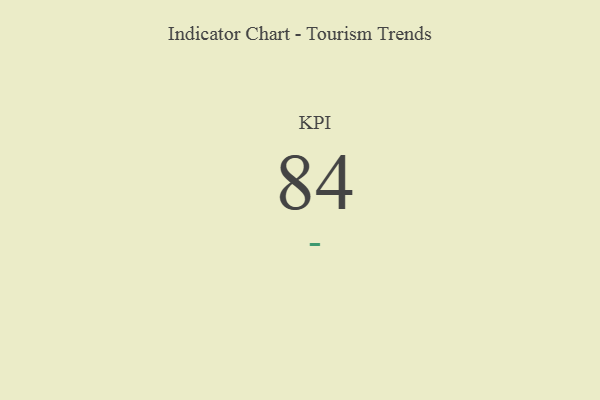
{"axis": {"x": "KPI", "y": "Value"}, "legend": [""], "data": [{"x": "KPI", "y": 84, "type": ""}]}